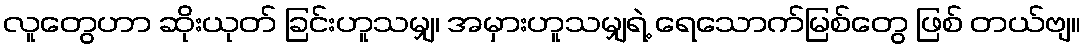
လူတွေဟာ ဆိုးယုတ် ခြင်းဟူသမျှ၊ အမှားဟူသမျှရဲ့ ရေသောက်မြစ်တွေ ဖြစ် တယ်ဗျ။